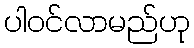
ပါဝင်လာမည်ဟု